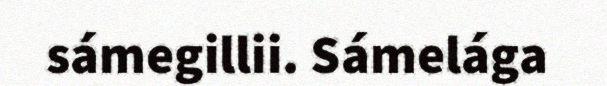
sámegillii. Sámelága